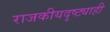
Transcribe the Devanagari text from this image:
राजकीयदृष्ट्याही